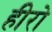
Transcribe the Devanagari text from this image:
हीरो